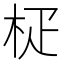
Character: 𣐌